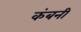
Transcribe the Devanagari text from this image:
कंबनी